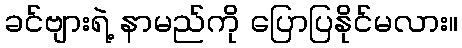
ခင်ဗျားရဲ့ နာမည်ကို ပြောပြနိုင်မလား။